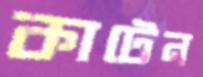
কাটেন